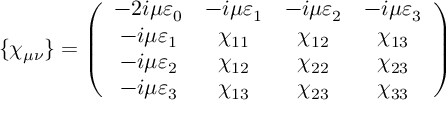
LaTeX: \{ \chi _ { \mu \nu } \} = \left( \begin{array} { c c c c } { { - 2 i \mu \varepsilon _ { 0 } } } & { { - i \mu \varepsilon _ { 1 } } } & { { - i \mu \varepsilon _ { 2 } } } & { { - i \mu \varepsilon _ { 3 } } } \\ { { - i \mu \varepsilon _ { 1 } } } & { { \chi _ { 1 1 } } } & { { \chi _ { 1 2 } } } & { { \chi _ { 1 3 } } } \\ { { - i \mu \varepsilon _ { 2 } } } & { { \chi _ { 1 2 } } } & { { \chi _ { 2 2 } } } & { { \chi _ { 2 3 } } } \\ { { - i \mu \varepsilon _ { 3 } } } & { { \chi _ { 1 3 } } } & { { \chi _ { 2 3 } } } & { { \chi _ { 3 3 } } } \end{array} \right)